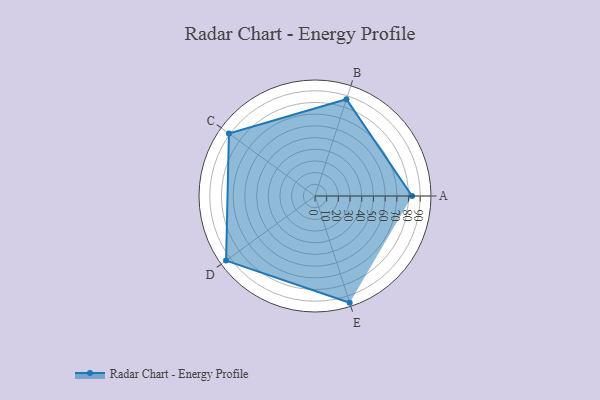
{"axis": {"x": "Skill", "y": "Score"}, "legend": ["Profile"], "data": [{"x": "A", "y": 83.0, "type": "Profile"}, {"x": "B", "y": 87.0, "type": "Profile"}, {"x": "C", "y": 91.0, "type": "Profile"}, {"x": "D", "y": 94.0, "type": "Profile"}, {"x": "E", "y": 96.0, "type": "Profile"}]}